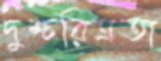
দুশ্চরিত্রতা